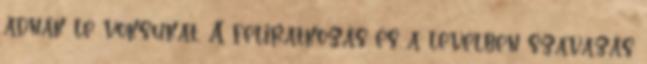
adnák le voksukat. A feliratkozás és a levélben szavazás